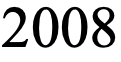
2008